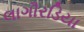
લાગૌરડિયા